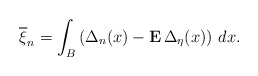
\begin{align*}\overline{\xi }_{n}=\int_{B}\left( \Delta _{n}(x)-{\bf E}\,\Delta _{\eta}(x)\right) \,dx. \end{align*}